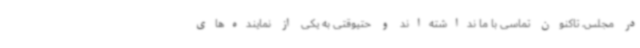
در مجلس، تاکنون تماسی با ما نداشته‌اند و حتیوقتی به یکی از نماینده‌های